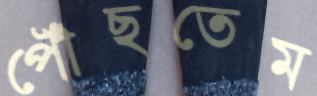
পৌঁছতেম